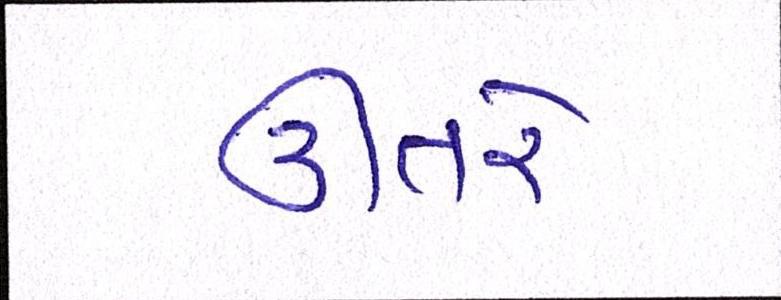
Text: ઊતરે